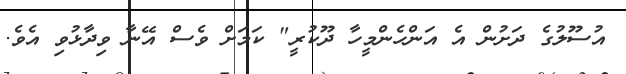
އުސޫލުގެ ދަށުން އެ އަންހެންމީހާ ދޫކުރީ" ކަމަށް ވެސް އޭނާ ވިދާޅުވި އެވެ.